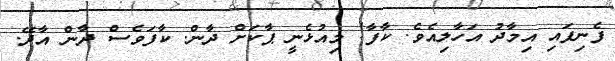
ފެނިފައި އިމާދު އަހާލިއެވެ. ކާފާ! މިއުޅެނީ ޕާކަށް ދާން. ކާފަވެސް ދާން އާދޭ.